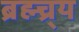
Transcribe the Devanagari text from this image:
ब्रह्म्च्र्य